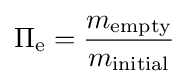
\Pi _{\text{e}}={\frac {m_{\text{empty}}}{m_{\text{initial}}}}